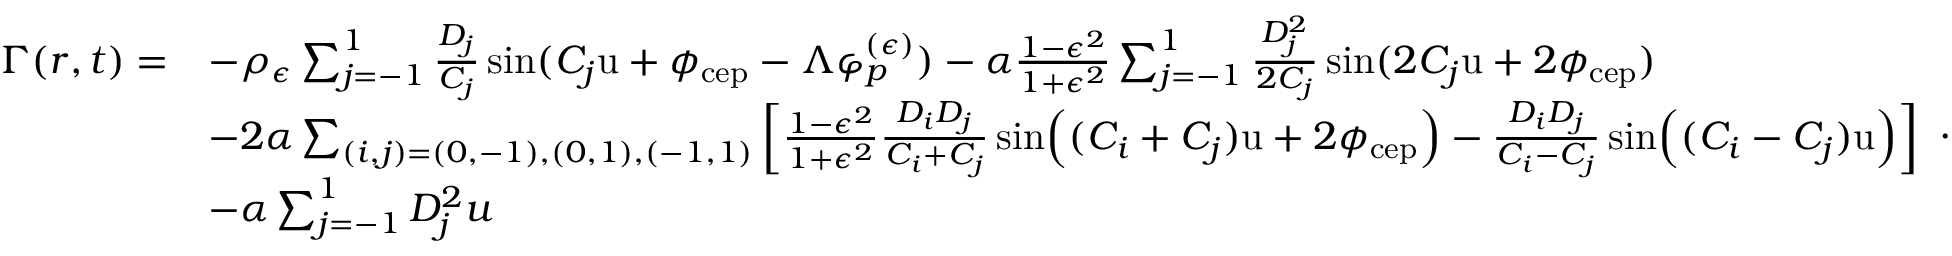
\begin{array} { r l } { \Gamma ( r , t ) = } & { - \rho _ { \epsilon } \sum _ { j = - 1 } ^ { 1 } \frac { D _ { j } } { C _ { j } } \sin ( C _ { j } \mathrm { u } + \phi _ { \mathrm { c e p } } - \Lambda \varphi _ { p } ^ { ( \epsilon ) } ) - \alpha \frac { 1 - \epsilon ^ { 2 } } { 1 + \epsilon ^ { 2 } } \sum _ { j = - 1 } ^ { 1 } \frac { D _ { j } ^ { 2 } } { 2 C _ { j } } \sin ( 2 C _ { j } \mathrm { u } + 2 \phi _ { \mathrm { c e p } } ) } \\ & { - 2 \alpha \sum _ { ( i , j ) = ( 0 , - 1 ) , ( 0 , 1 ) , ( - 1 , 1 ) } \left[ \frac { 1 - \epsilon ^ { 2 } } { 1 + \epsilon ^ { 2 } } \frac { D _ { i } D _ { j } } { C _ { i } + C _ { j } } \sin \Bigl ( ( C _ { i } + C _ { j } ) \mathrm { u } + 2 \phi _ { \mathrm { c e p } } \Bigr ) - \frac { D _ { i } D _ { j } } { C _ { i } - C _ { j } } \sin \Bigl ( ( C _ { i } - C _ { j } ) \mathrm { u } \Bigr ) \right] } \\ & { - \alpha \sum _ { j = - 1 } ^ { 1 } D _ { j } ^ { 2 } u } \end{array} .